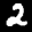
Label: 2